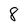
Character: 8